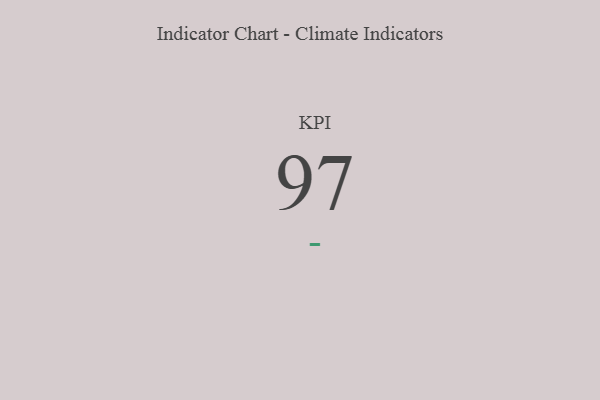
{"axis": {"x": "KPI", "y": "Value"}, "legend": [""], "data": [{"x": "KPI", "y": 97, "type": ""}]}